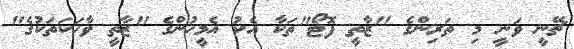
ޗޭނީ ވަނީ މި ތަރިންގެ "ޒާތީ ފޮޓޯ"ތަކާ އެކު އެމީހުންގެ "ޒާތީ ވާހަކަތަކުގެ"